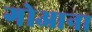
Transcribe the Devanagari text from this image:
गोआना